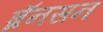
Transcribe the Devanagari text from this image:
ब्रॅनसन